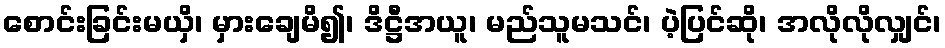
စောင်းခြင်းမယှိ၊ မှားချေမိ၍၊ ဒိဋ္ဌီအယူ၊ မည်သူမသင်၊ ပဲ့ပြင်ဆို၊ အလိုလိုလျှင်၊